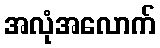
အလုံအလောက်